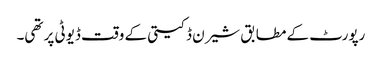
رپورٹ کے مطابق شیرن ڈکیتی کے وقت ڈیوٹی پر تھی۔